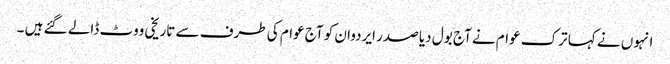
انہوں نے کہا ترک عوام نے آج بول دیا صدر ایردوان کو آج عوام کی طرف سے تاریخی ووٹ ڈالے گئے ہیں ۔